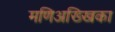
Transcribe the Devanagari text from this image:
मणिअख्खिका